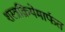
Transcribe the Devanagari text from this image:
शस्त्रक्रियेमार्फत